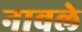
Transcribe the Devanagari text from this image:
नावले